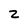
Character: 2